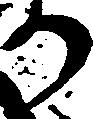
か